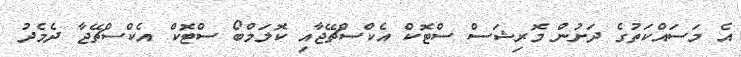
އެ މަސައްކަތުގެ ދަށުން މޮރިޝަސް ސްޓޮކް އެކްސްޗޭޖާއި ކޮލަމްބޯ ސްޓޮކް އެކްސްޗޭޖާ ދެމެދު